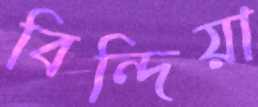
বিন্দিয়া